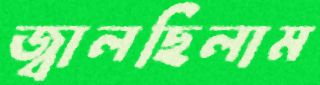
জ্বালছিলাম